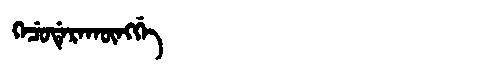
Manchu: ᡴᡝᠴᡠᡩᡝᡵᠠᡴᡡᠩᡤᡝ
Romanization: KECUDERAKŪNGGE